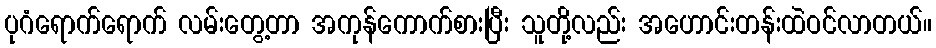
ပုဂံရောက်ရောက် လမ်းတွေ့တာ အကုန်ကောက်စားပြီး သူတို့လည်း အဟောင်းတန်းထဲဝင်လာတယ်။